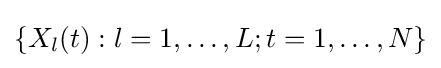
\{X_{l}(t):l=1,\dots ,L;t=1,\dots ,N\}